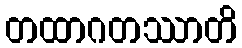
တထာဂတဿာတိ